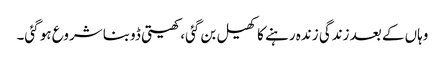
وہاں کے بعد زندگی زندہ رہنے کا کھیل بن گئی، کھیتی ڈوبنا شروع ہو گئی۔